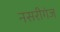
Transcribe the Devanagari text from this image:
नसरीगंज